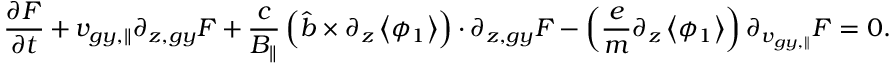
\frac { \partial F } { \partial t } + { v } _ { g y , \parallel } \partial _ { z , g y } F + \frac { c } { B _ { \parallel } } \left( \hat { b } \times \partial _ { z } \left< \phi _ { 1 } \right> \right) \boldsymbol { \cdot } \partial _ { z , g y } F - \left( \frac { e } { m } \partial _ { z } \left< \phi _ { 1 } \right> \right) \partial _ { v _ { g y , \parallel } } F = 0 .